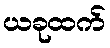
ယခုထက်